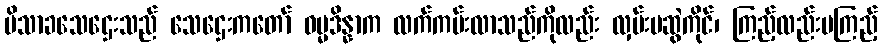
ပိသာခသေဌေးသည် သေဌေးကတော် ဓမ္မဒိန္နာက လက်ကမ်းလာသည်ကိုလည်း လှမ်းမဆွဲကိုင်၊ ကြည့်လည်းမကြည့်